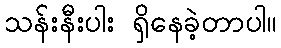
သန်းနီးပါး ရှိနေခဲ့တာပါ။